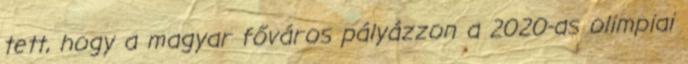
tett, hogy a magyar főváros pályázzon a 2020-as olimpiai